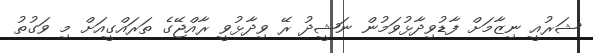
ޝަރުއީ ނިޒާމަށް ފާޑުވިދާޅުވަމުން ނަޝީދު ރޭ ވިދާޅުވީ ރާއްޖޭގެ ތަރައްގީއަށް މި ވަގުތު